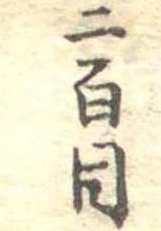
二百目